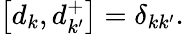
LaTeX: \left[d_{k},d_{k^{\prime}}^{+}\right]=\delta_{kk^{\prime}}.